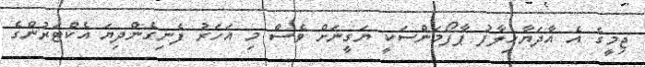
ޖިމީގެ އެ އާދަޔާހިލާފު ޕާފޯމަންސަކީ ޔަގީނަށް ވެސް މި އަހަރު ފެނިގެންދިޔަ އެކްޓަރުންގެ